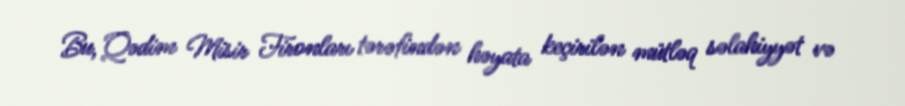
Bu, Qədim Misir Fironları tərəfindən həyata keçirilən mütləq səlahiyyət və